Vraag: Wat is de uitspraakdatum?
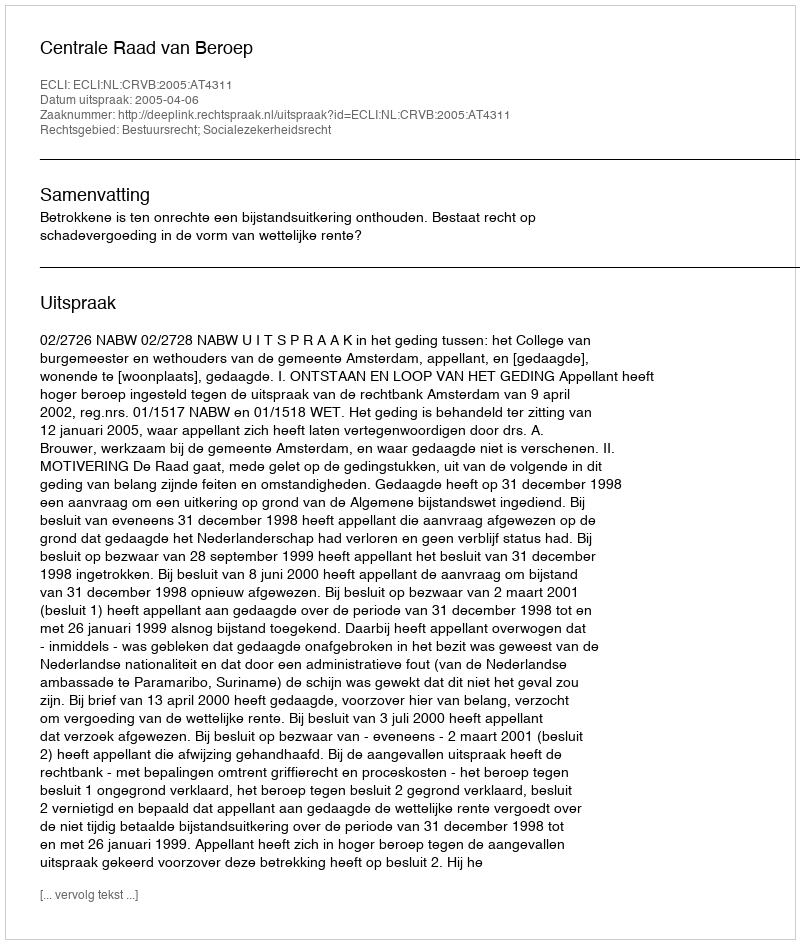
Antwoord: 2005-04-06